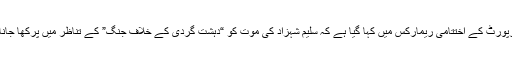
کمیشن رپورٹ کے اختتامی ریمارکس میں کہا گیا ہے کہ سلیم شہزاد کی موت کو “دہشت گردی کے خلاف جنگ” کے تناظر میں پرکھا جانا چاہیے۔